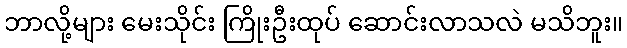
ဘာလို့များ မေးသိုင်း ကြိုးဦးထုပ် ဆောင်းလာသလဲ မသိဘူး။